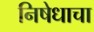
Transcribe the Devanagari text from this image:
निषेधाचा